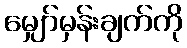
မျှော်မှန်းချက်ကို